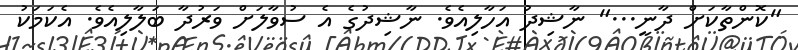
"ކޮންތާކަށް ދާނީ..." ނާޝިދު އަހާލިއެވެ. ނާޝިދުގެ އެ ސުވާލަށް ވަރުދާ ބަލާލިއެވެ. އެކަމަކު